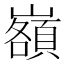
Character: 𡾆